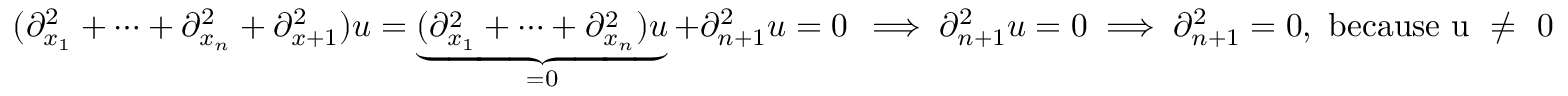
( \partial _ { x _ { 1 } } ^ { 2 } + \dots + \partial _ { x _ { n } } ^ { 2 } + \partial _ { x + 1 } ^ { 2 } ) u = \underbrace { ( \partial _ { x _ { 1 } } ^ { 2 } + \dots + \partial _ { x _ { n } } ^ { 2 } ) u } _ { = 0 } + \partial _ { n + 1 } ^ { 2 } u = 0 \, \implies \partial _ { n + 1 } ^ { 2 } u = 0 \implies \partial _ { n + 1 } ^ { 2 } = 0 , \mathrm { ~ b e c a u s e ~ u ~ \neq ~ 0 ~ }